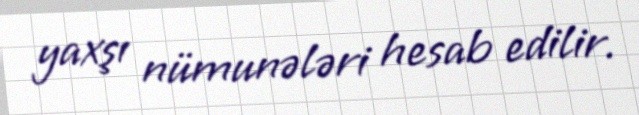
yaxşı nümunələri hesab edilir.